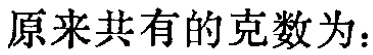
原来共有的克数为：